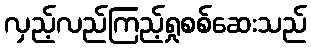
လှည့်လည်ကြည့်ရှုစစ်ဆေးသည်